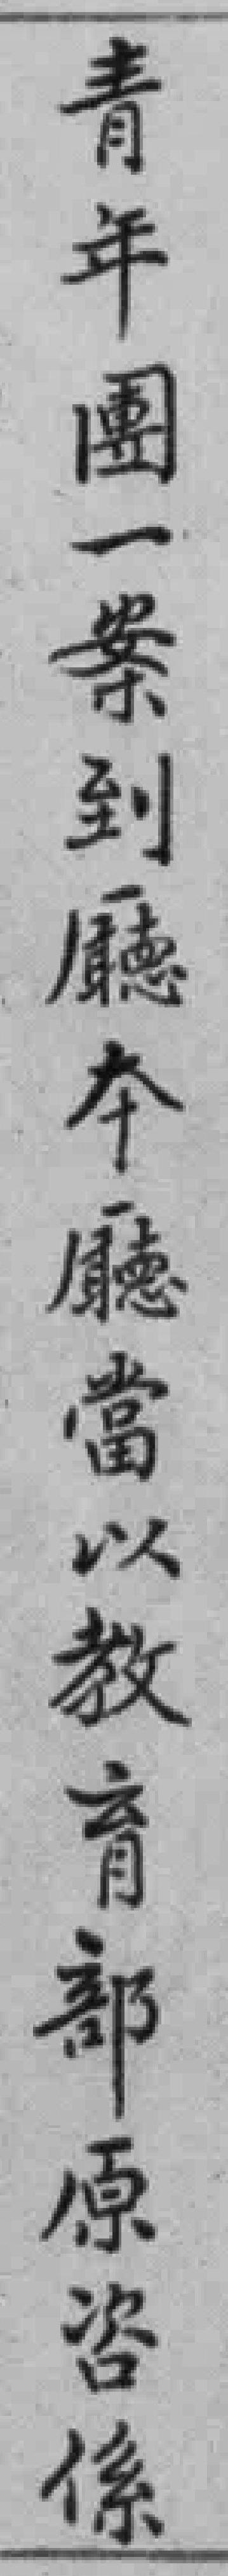
青年團一案到廳本廳當以教育部原咨係